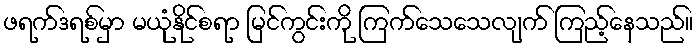
ဖရက်ဒရစ်မှာ မယုံနိုင်စရာ မြင်ကွင်းကို ကြက်သေသေလျက် ကြည့်နေသည်။